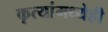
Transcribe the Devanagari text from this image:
कृत्यांमध्येही